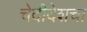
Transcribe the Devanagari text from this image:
चेदीदेशचा